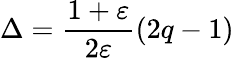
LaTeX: \Delta=\frac{1+\varepsilon}{2\varepsilon}\left(2q-1\right)